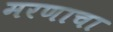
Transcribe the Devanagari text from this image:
मरणाचा